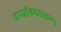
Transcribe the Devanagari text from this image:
प्राग्जीवमहाकल्प